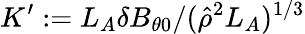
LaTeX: K^{\prime}:=L_{A}\delta B_{\theta 0}/(\hat{\rho}^{2}L_{A})^{1/3}